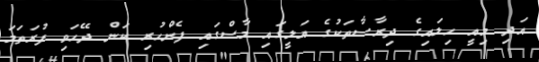
އަދި މިއީ ހިލައިގެ ދިރާސާތަކުގެ އަލީގައި މާސްގައި ފެންހުރި ކަން ދޭހަވި ފުރަތަމަ